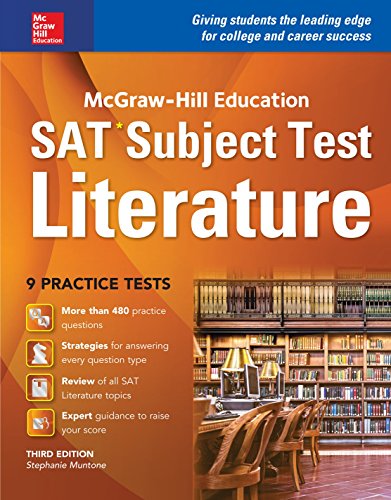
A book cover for McGraw-Hill Education SAT Subject Test Literature 3rd Ed.; Stephanie Muntone; Test Preparation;